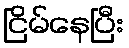
ငြိမ်နေပြီး